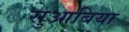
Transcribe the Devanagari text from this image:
सुआबिया